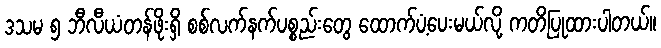
ဒသမ ၅ ဘီလီယံတန်ဖိုးရှိ စစ်လက်နက်ပစ္စည်းတွေ ထောက်ပံ့ပေးမယ်လို့ ကတိပြုထားပါတယ်။